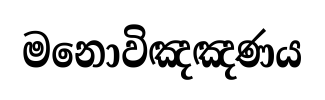
මනොවිඤඤණය